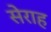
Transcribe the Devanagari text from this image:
सेराह